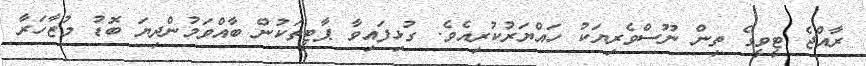
ރާއްޖެ ޓީވީގެ ތިން ނޫސްވެރިޔަކު ހައްޔަރުކުރިއެވެ. ގުޅިފައިވާ ޕާޓީތަކުން ބާއްވަމުންދިޔަ ބޮޑު މުޒާހަރާ